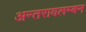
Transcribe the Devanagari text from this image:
अन्तरावलम्बन